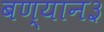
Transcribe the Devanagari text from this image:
बण्यान३